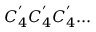
C _ { 4 } ^ { ' } C _ { 4 } ^ { ' } C _ { 4 } ^ { ' } . . .